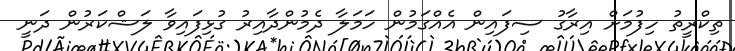
ތިކްރީތު ހިފުމަށް އިރާގު ސިފައިން އެއްގަމުން ހަމަލާ ދެމުންދާއިރު ގުޅިފައިވާ ލަޝްކަރުން ދަނީ